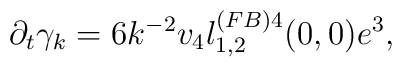
\partial_t\gamma_k=6k^{-2}v_4l^{(FB)4}_{1,2}(0,0)e^3,